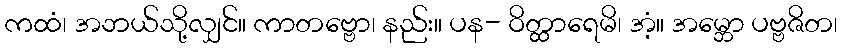
ကထံ၊ အဘယ်သို့လျှင်။ ကာတဗ္ဗော၊ နည်း။ ပန- ဝိတ္ထာရေမိ၊ အံ့။ အမ္ဘော ပဗ္ဗဇိတ၊